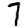
Digit: 7